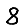
Digit: 8